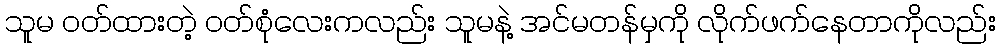
သူမ ဝတ်ထားတဲ့ ဝတ်စုံလေးကလည်း သူမနဲ့ အင်မတန်မှကို လိုက်ဖက်နေတာကိုလည်း